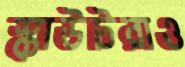
স্কাউটরাও